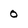
Character: 0